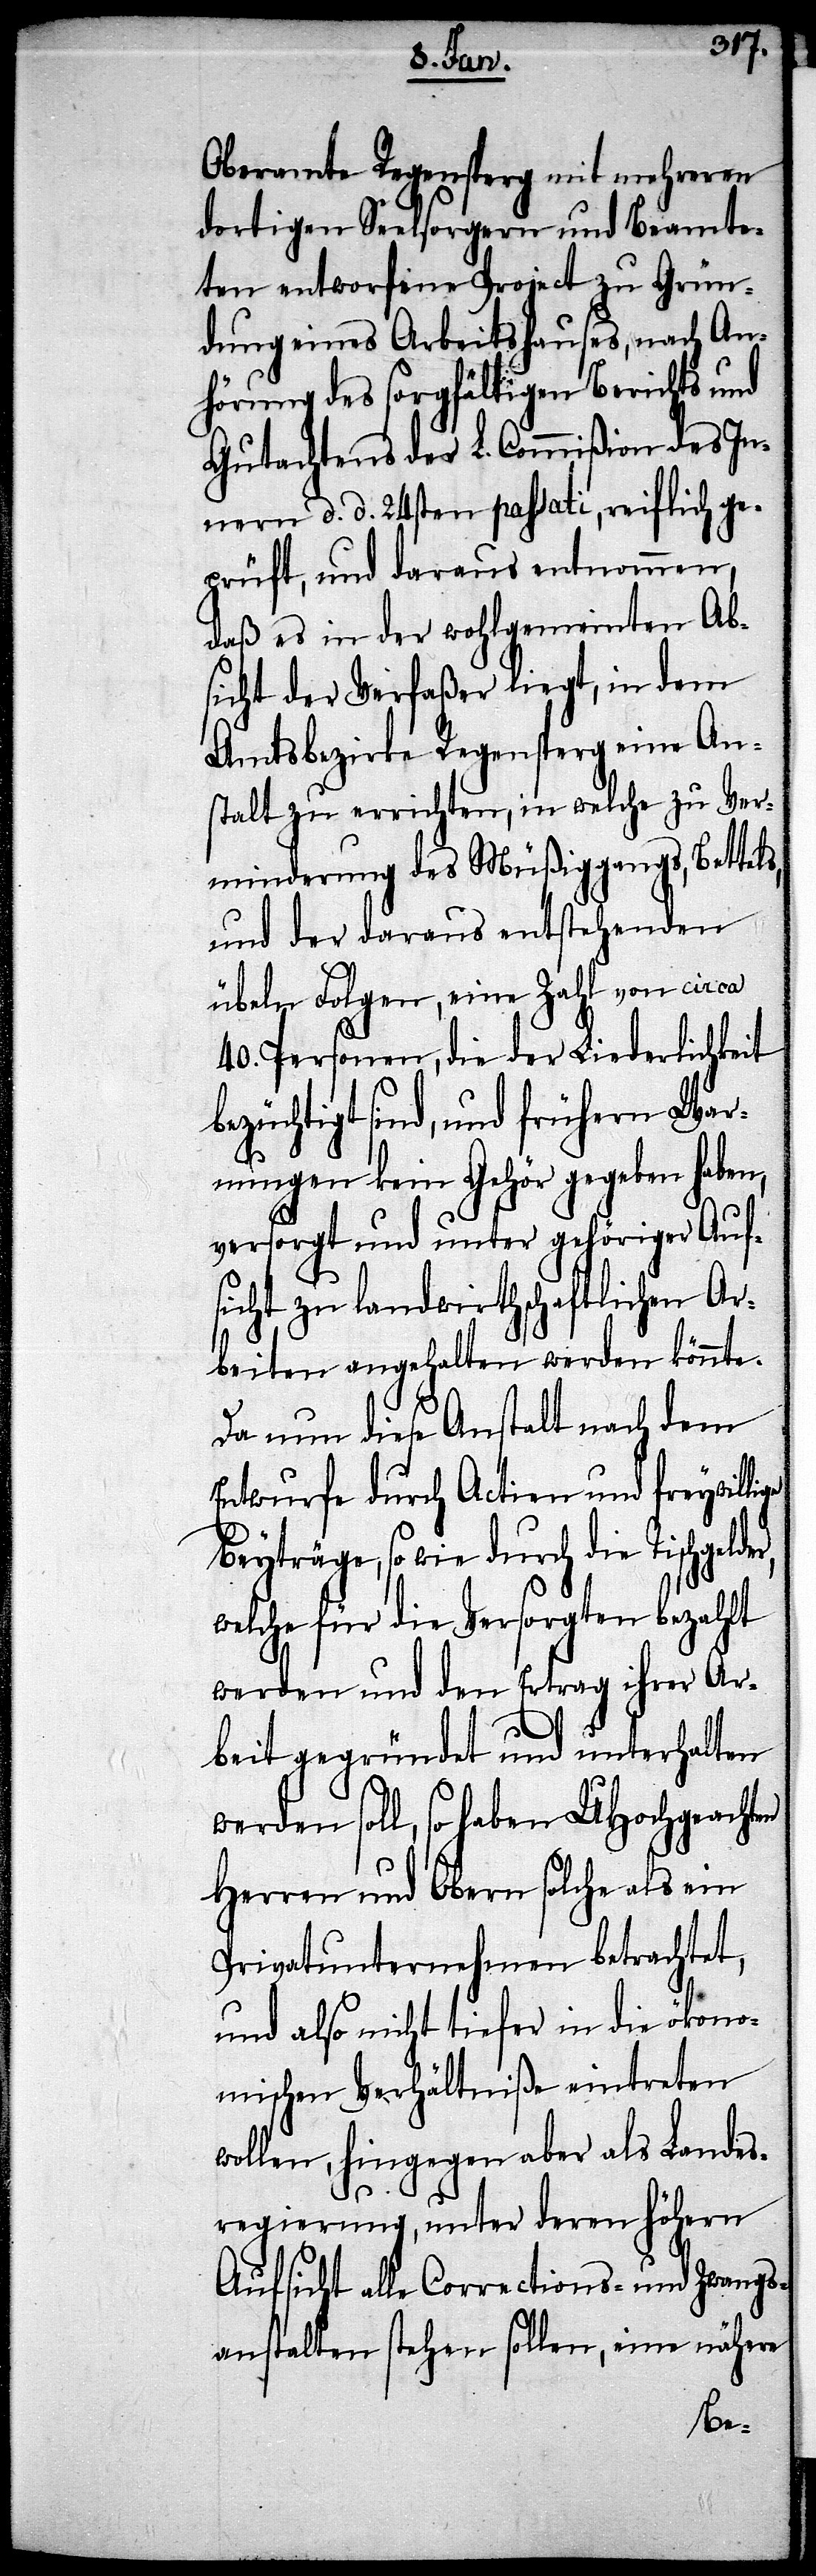
Oberamte Regensperg mit mehreren
dortigen Seelsorgern und Beamte¬
ten entworfene Project zu Grün¬
dung eines Arbeitshauses, nach An¬
hörung des sorgfältigen Berichts und
Gutachtens der L. Commißion des In¬
nern d. d. 24sten passati, reiflich ge¬
prüft, und daraus entnommen,
daß es in der wohlgemeinten Ab¬
sicht der Verfaßer liegt, in dem
Amtsbezirke Regensperg eine An¬
stalt zu errichten, in welche zu Ver¬
minderung des Müßiggangs, Bettels,
und der daraus entstehenden
übeln Folgen, eine Zahl von circa
40. Personen, die der Liederlichkeit
bezüchtigt sind, und frühern War¬
nungen kein Gehör gegeben haben,
versorgt und unter gehöriger Auf¬
sicht zu landwirtschaftlichen Ar¬
beiten angehalten werden könnte.
Da nun diese Anstalt nach dem
Entwurfe durch Actien und freywilli¬
Beyträge, sowie durch die Tischgeld¬
welche für die Versorgten bezahlt
werden und den Ertrag ihrer Ar¬
beit gegründet und unterhalten
werden soll, so haben UHochgeachten
Herren und Obern solche als ein
Privatunternehmen betrachtet,
und also nicht tiefer in die ökon¬
omischen Verhältniße eintreten
wollen, hingegen aber als Landes¬
regierung, unter deren höhern
Aufsicht alle Corrections- und Zwangs¬
anstalten stehen sollen, eine nähere
er,